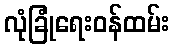
လုံခြုံရေးဝန်ထမ်း